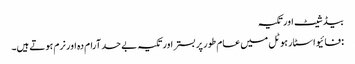
بیڈ شیٹ اور تکیہ
: فائیو اسٹار ہوٹل میں عام طور پر بستر اور تکیہ بے حد آرام دہ اور نرم ہوتے ہیں۔